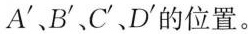
A'、B'、C'、D'的位置。